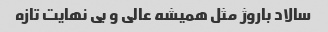
سالاد باروژ مثل همیشه عالی و بی نهایت تازه